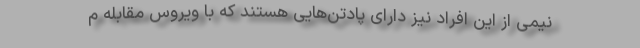
نیمی از این افراد نیز دارای پادتن‌هایی هستند که با ویروس مقابله م